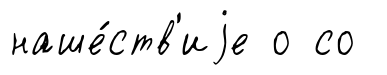
наше́ств'иjе о со